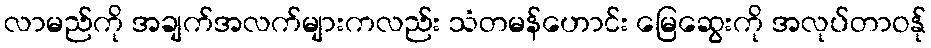
လာမည်ကို အချက်အလက်များကလည်း သံတမန်ဟောင်း မြေဆွေးကို အလုပ်တာဝန်ု